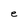
Character: e